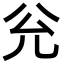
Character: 兊